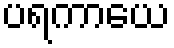
ပရကာယေ